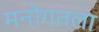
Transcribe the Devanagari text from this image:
मनोगतला